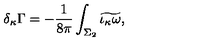
\delta _ { \kappa } \Gamma = - { \frac { 1 } { 8 \pi } } \int _ { \Sigma _ { 2 } } \widetilde { \iota _ { \kappa } \omega } ,